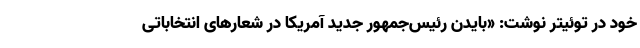
خود در توئیتر نوشت: «بایدن رئیس‌جمهور جدید آمریکا در شعارهای انتخاباتی